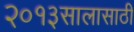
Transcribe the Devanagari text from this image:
२०१३सालासाठी